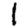
Digit: 1